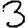
Digit: 3